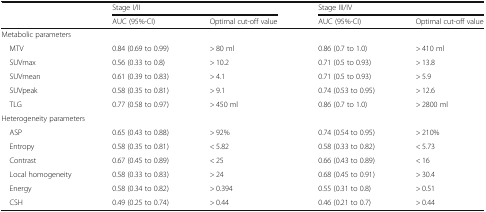
| <ROWSPAN=2>  | <COLSPAN=2> Stage I/II | <COLSPAN=2> Stage III/IV |
 | AUC (95%-CI) | Optimal cut-off value | AUC (95%-CI) | Optimal cut-off value |
 | --- | --- | --- | --- | --- |
 | <COLSPAN=5> Metabolic parameters |
 | MTV | 0.84 (0.69 to 0.99) | > 80 ml | 0.86 (0.7 to 1.0) | > 410 ml |
 | SUVmax | 0.56 (0.33 to 0.8) | > 10.2 | 0.71 (0.5 to 0.93) | > 13.8 |
 | SUVmean | 0.61 (0.39 to 0.83) | > 4.1 | 0.71 (0.5 to 0.93) | > 5.9 |
 | SUVpeak | 0.58 (0.35 to 0.81) | > 9.1 | 0.74 (0.53 to 0.95) | > 12.6 |
 | TLG | 0.77 (0.58 to 0.97) | > 450 ml | 0.86 (0.7 to 1.0) | > 2800 ml |
 | <COLSPAN=5> Heterogeneity parameters |
 | ASP | 0.65 (0.43 to 0.88) | > 92% | 0.74 (0.54 to 0.95) | > 210% |
 | Entropy | 0.58 (0.35 to 0.81) | < 5.82 | 0.58 (0.33 to 0.82) | < 5.73 |
 | Contrast | 0.67 (0.45 to 0.89) | < 25 | 0.66 (0.43 to 0.89) | < 16 |
 | Local homogeneity | 0.58 (0.33 to 0.83) | > 24 | 0.68 (0.45 to 0.91) | > 30.4 |
 | Energy | 0.58 (0.34 to 0.82) | > 0.394 | 0.55 (0.31 to 0.8) | > 0.51 |
 | CSH | 0.49 (0.25 to 0.74) | > 0.44 | 0.46 (0.21 to 0.7) | > 0.44 |